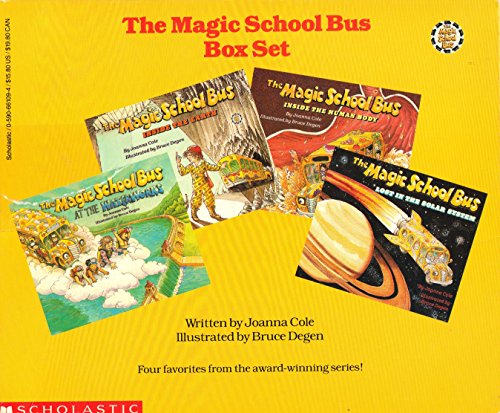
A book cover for The Magic School Bus: Box Set; Joanna Cole; Science & Math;